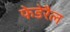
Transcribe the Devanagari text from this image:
फेडेरैल